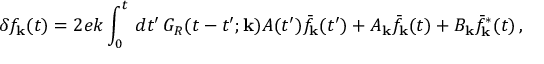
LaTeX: \delta f _ { \bf k } ( t ) = 2 e k \int _ { 0 } ^ { t } \, d t ^ { \prime } \, G _ { R } ( t - t ^ { \prime } ; { \bf k } ) A ( t ^ { \prime } ) \bar { f } _ { \bf k } ( t ^ { \prime } ) + A _ { \bf k } \bar { f } _ { \bf k } ( t ) + B _ { \bf k } \bar { f } _ { \bf k } ^ { * } ( t ) \, ,